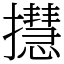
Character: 㩨